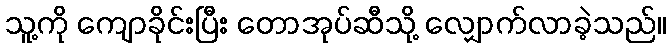
သူ့ကို ကျောခိုင်းပြီး တောအုပ်ဆီသို့ လျှောက်လာခဲ့သည်။